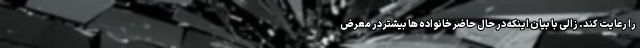
را رعایت کند. زالی با بیان اینکه در حال حاضر خانواده ها بیشتر در معرض